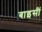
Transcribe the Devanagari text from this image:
बाइसीं